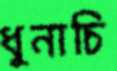
ধুনাচি